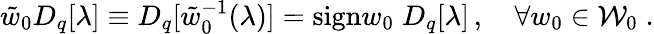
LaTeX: \tilde{w}_{0}D_{q}[\lambda]\equiv D_{q}[\tilde{w}_{0}^{-1}(\lambda)]=\mathrm{sign}w_{0}\; D_{q}[\lambda]\, ,~~~~\forall w_{0}\in{\cal W}_{0}\; .